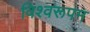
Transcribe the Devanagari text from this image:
विश्‍वरूपम